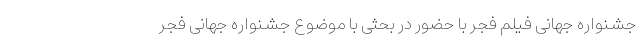
جشنواره جهانی فیلم فجر با حضور در بحثی با موضوع جشنواره جهانی فجر